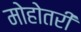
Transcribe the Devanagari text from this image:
मोहोतरी